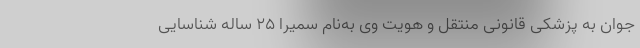
جوان به پزشکی قانونی منتقل و هویت وی به‌نام سمیرا ۲۵ ساله شناسایی